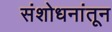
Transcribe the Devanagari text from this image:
संशोधनांतून